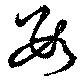
數